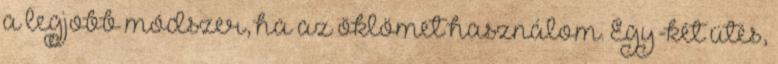
a legjobb módszer, ha az öklömet használom. Egy-két ütés,